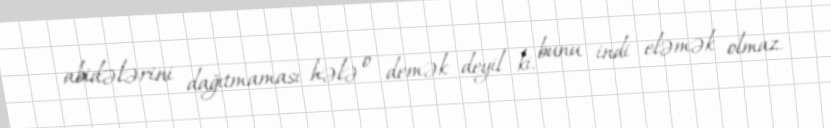
abidələrini dağıtmaması hələ o demək deyil ki, bunu indi eləmək olmaz.